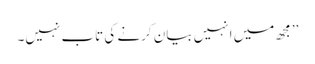
’’مجھ میں انہیں بیان کرنے کی تاب نہیں۔